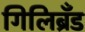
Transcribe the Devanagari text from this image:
गिलिब्रँड